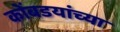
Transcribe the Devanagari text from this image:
कोंबडयांच्या